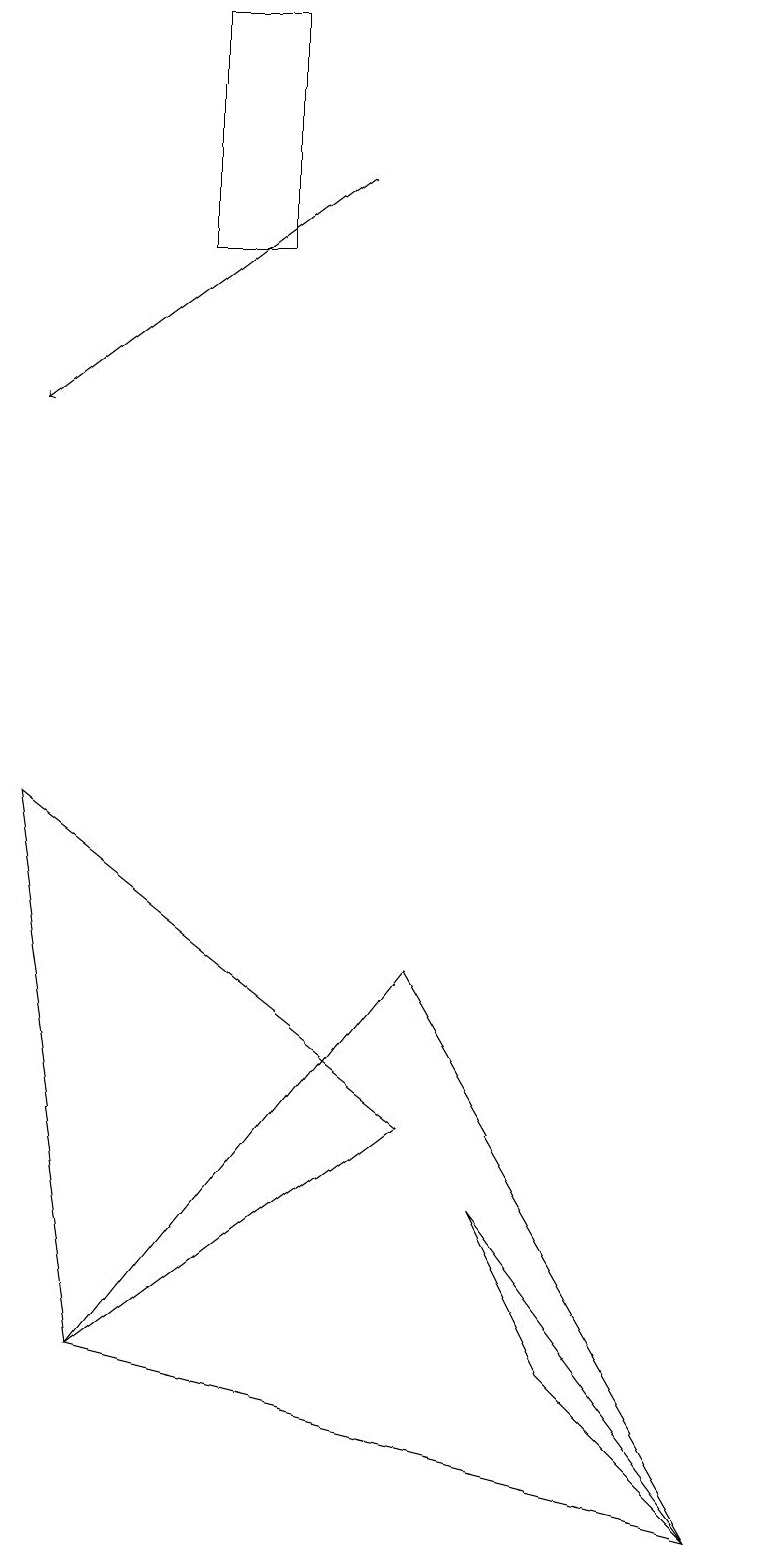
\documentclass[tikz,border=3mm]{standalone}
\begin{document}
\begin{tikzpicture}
\draw (6,4) -- (9,0) -- (7,2) -- cycle;
\draw (5,7) -- (9,0) -- (1,2) -- cycle;
\draw[->] (4,17) -- (0,14);
\draw (3,19) rectangle (2,16);
\draw (0,9) -- (5,5) -- (1,2) -- cycle;
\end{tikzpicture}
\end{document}